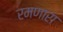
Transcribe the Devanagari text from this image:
रमणारा